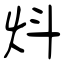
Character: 炓